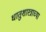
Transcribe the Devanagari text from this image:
धातुशास्त्राच्या